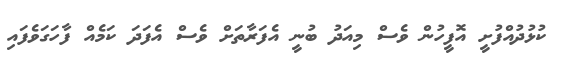
ކުޅުދުއްފުށީ އޮފީހުން ވެސް މިއަދު ބުނީ އެފަރާތަށް ވެސް އެފަދަ ކަމެއް ފާހަގަވެފައި